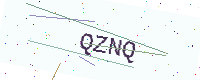
Text: QZNQ